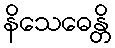
နိသေဓေန္တိ